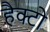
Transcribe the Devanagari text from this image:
हैक्टो